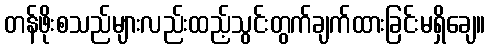
တန်ဖိုးစသည်များလည်းထည့်သွင်းတွက်ချက်ထားခြင်းမရှိချေ။